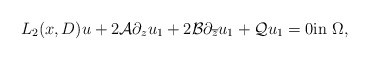
\begin{align*}{L}_2(x,{D}) u+2\mathcal A\partial_z u_1+2{\mathcal B}\partial_{\overline z} u_1+{\mathcal Q} u_1=0 \mbox{in}~ \Omega, \end{align*}